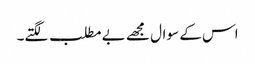
اس کے سوال مجھے بے مطلب لگتے۔